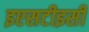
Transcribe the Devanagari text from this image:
इएसटीइसी